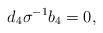
LaTeX: \begin{align*}d_4\sigma^{-1}b_4=0,\end{align*}